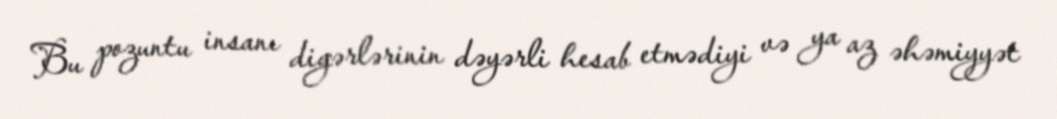
Bu pozuntu insanı digərlərinin dəyərli hesab etmədiyi və ya az əhəmiyyət